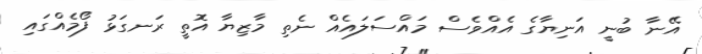
އޭނާ ބުނީ އަނިޔާގެ އެއްވެސް މައްސަލައެއް ނެތި މާޒިޔާ އޮތީ ރަނގަޅު ފޯމެއްގައި